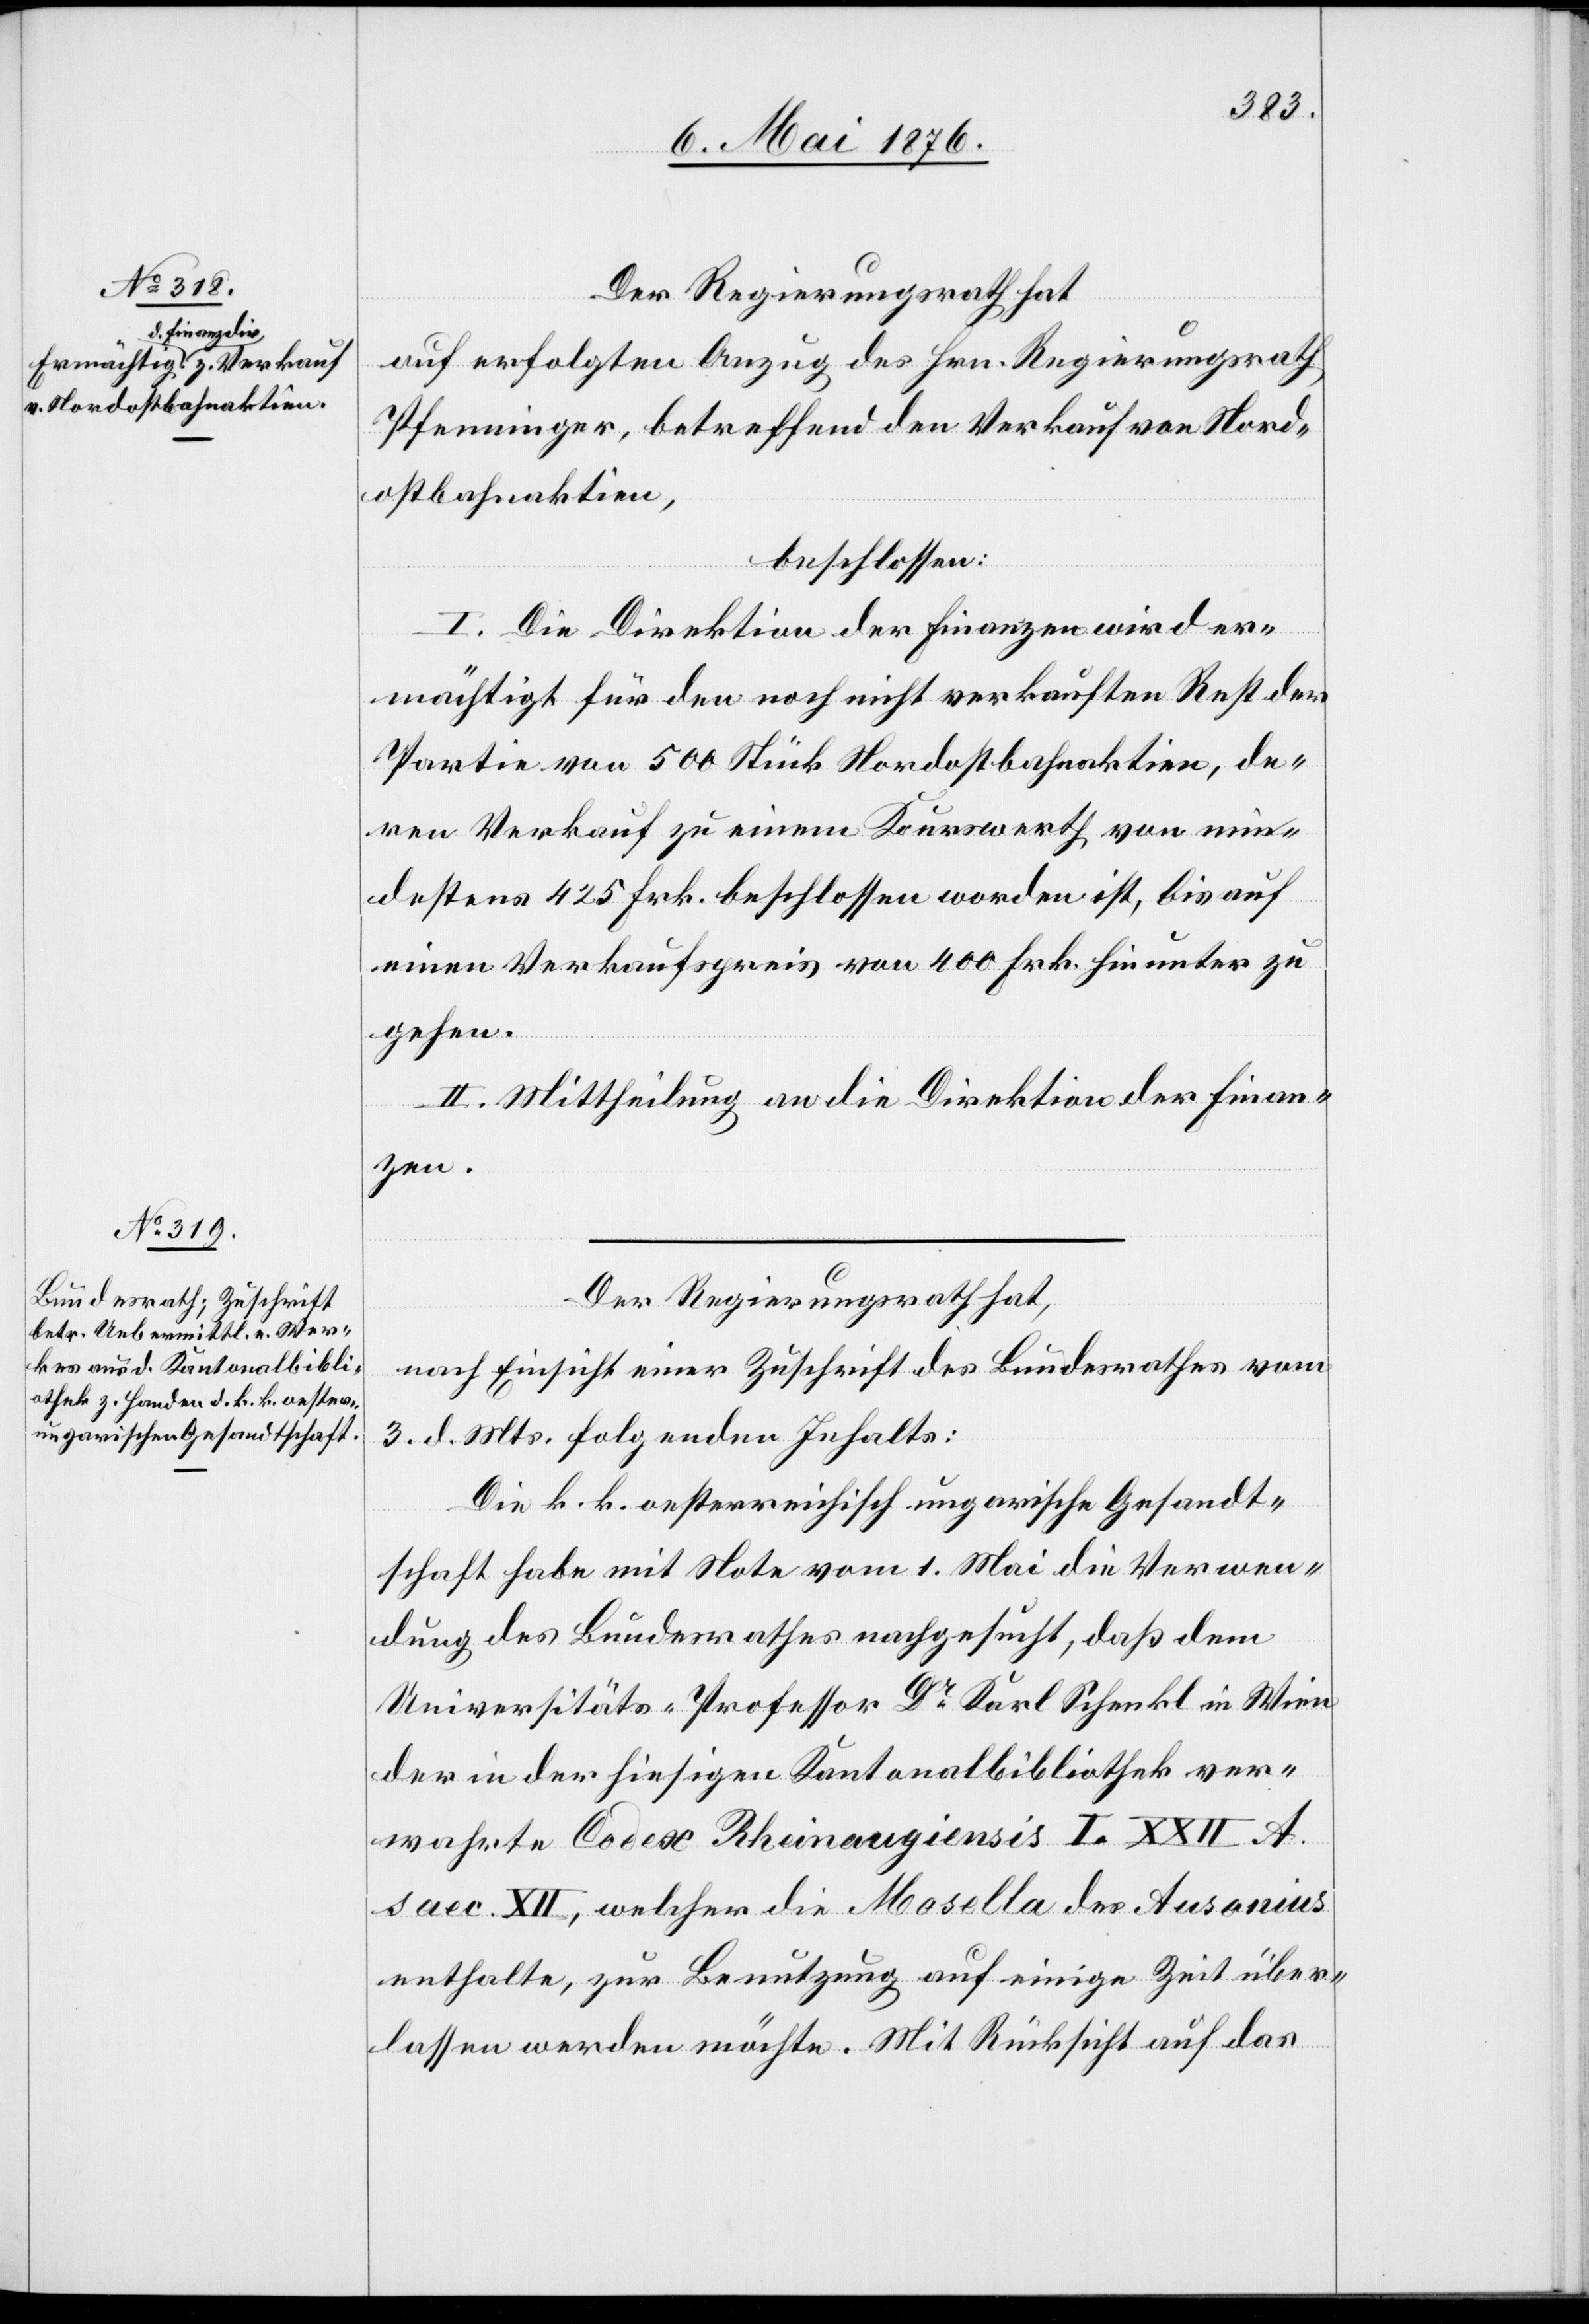
Der Regierungsrath hat
auf erfolgten Anzug des Hrn. Regierungsrath
Pfenninger, betreffend den Verkauf von Nord¬
ostbahnaktien,
beschlossen:
I. Die Direktion der Finanzen wird er¬
mächtigt für den noch nicht verkauften Rest der
Partie von 500 Stück Nordostbahnaktien, de¬
ren Verkauf zu einem Kurswerth von min¬
destens 425 Frk. beschlossen worden ist, bis auf
einen Verkaufspreis von 400 Frk. hinunter zu
gehen.
II. Mittheilung an die Direktion der Finan¬
zen.
Der Regierungsrath hat,
nach Einsicht einer Zuschrift des Bundesrathes vom
3. d. Mts. folgenden Inhalts:
Die k. k. oesterreichisch-ungarische Gesandt¬
schaft habe mit Note vom 1. Mai die Verwen¬
dung des Bundesrathes nachgesucht, daß dem
Universitäts-Professor Dr Karl Schenkl in Stein
der in der hiesigen Kantonsbibliothek ver¬
wahrte Codex Rheinaugiensis I. XXII
saec. XII, welcher die Mosella des Ausonius
enthalte, zur Benutzung auf einige Zeit über¬
lassen werden möchte. Mit Rücksicht auf das